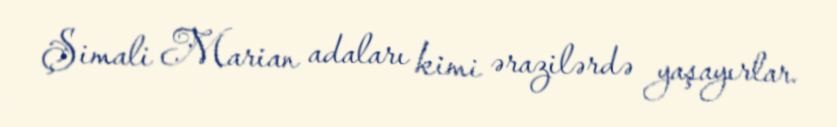
Şimali Marian adaları kimi ərazilərdə yaşayırlar.